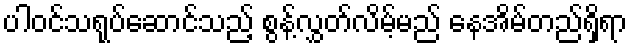
ပါဝင်သရုပ်ဆောင်သည့် စွန့်လွှတ်လိမ့်မည် နေအိမ်တည်ရှိရာ